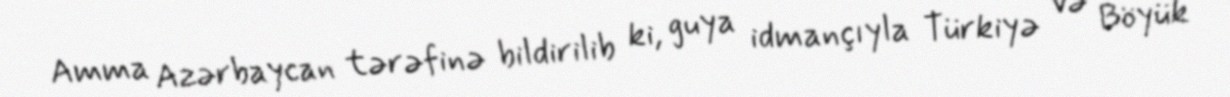
Amma Azərbaycan tərəfinə bildirilib ki, guya idmançıyla Türkiyə və Böyük